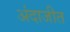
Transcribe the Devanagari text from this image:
अंदाजीत